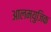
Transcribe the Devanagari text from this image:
आलम्युजिक